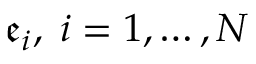
\mathfrak { e } _ { i } , \; { } i = 1 , \ldots , N